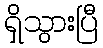
ရှိသွားပြီ